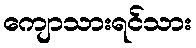
ကျောသားရင်သား